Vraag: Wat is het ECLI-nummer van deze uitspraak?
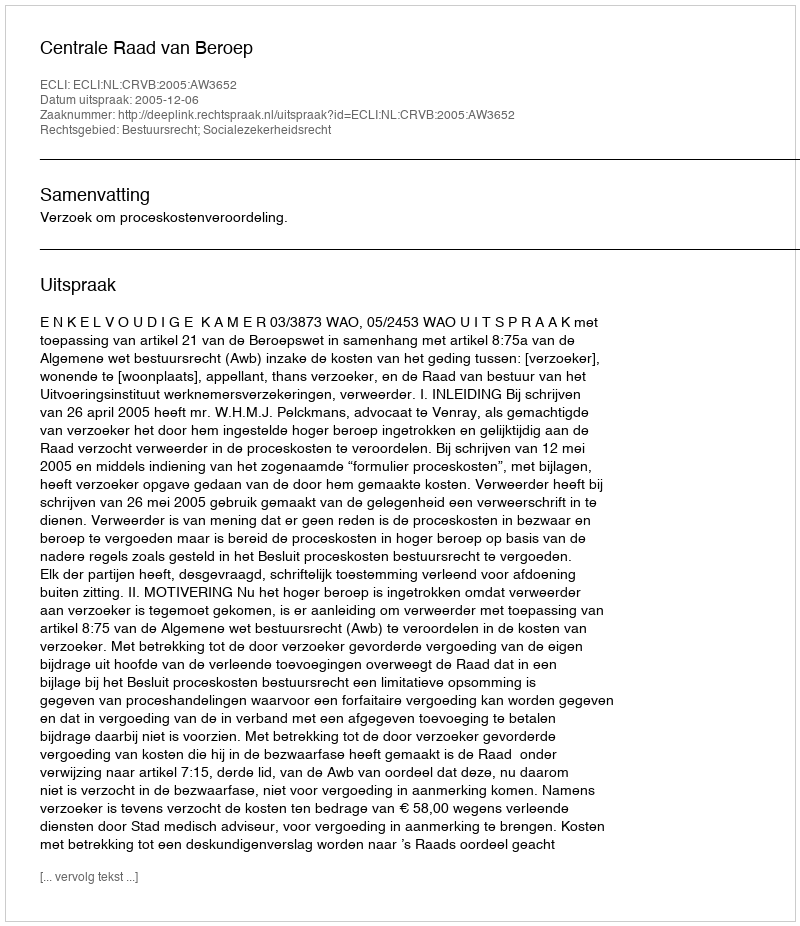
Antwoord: ECLI:NL:CRVB:2005:AW3652